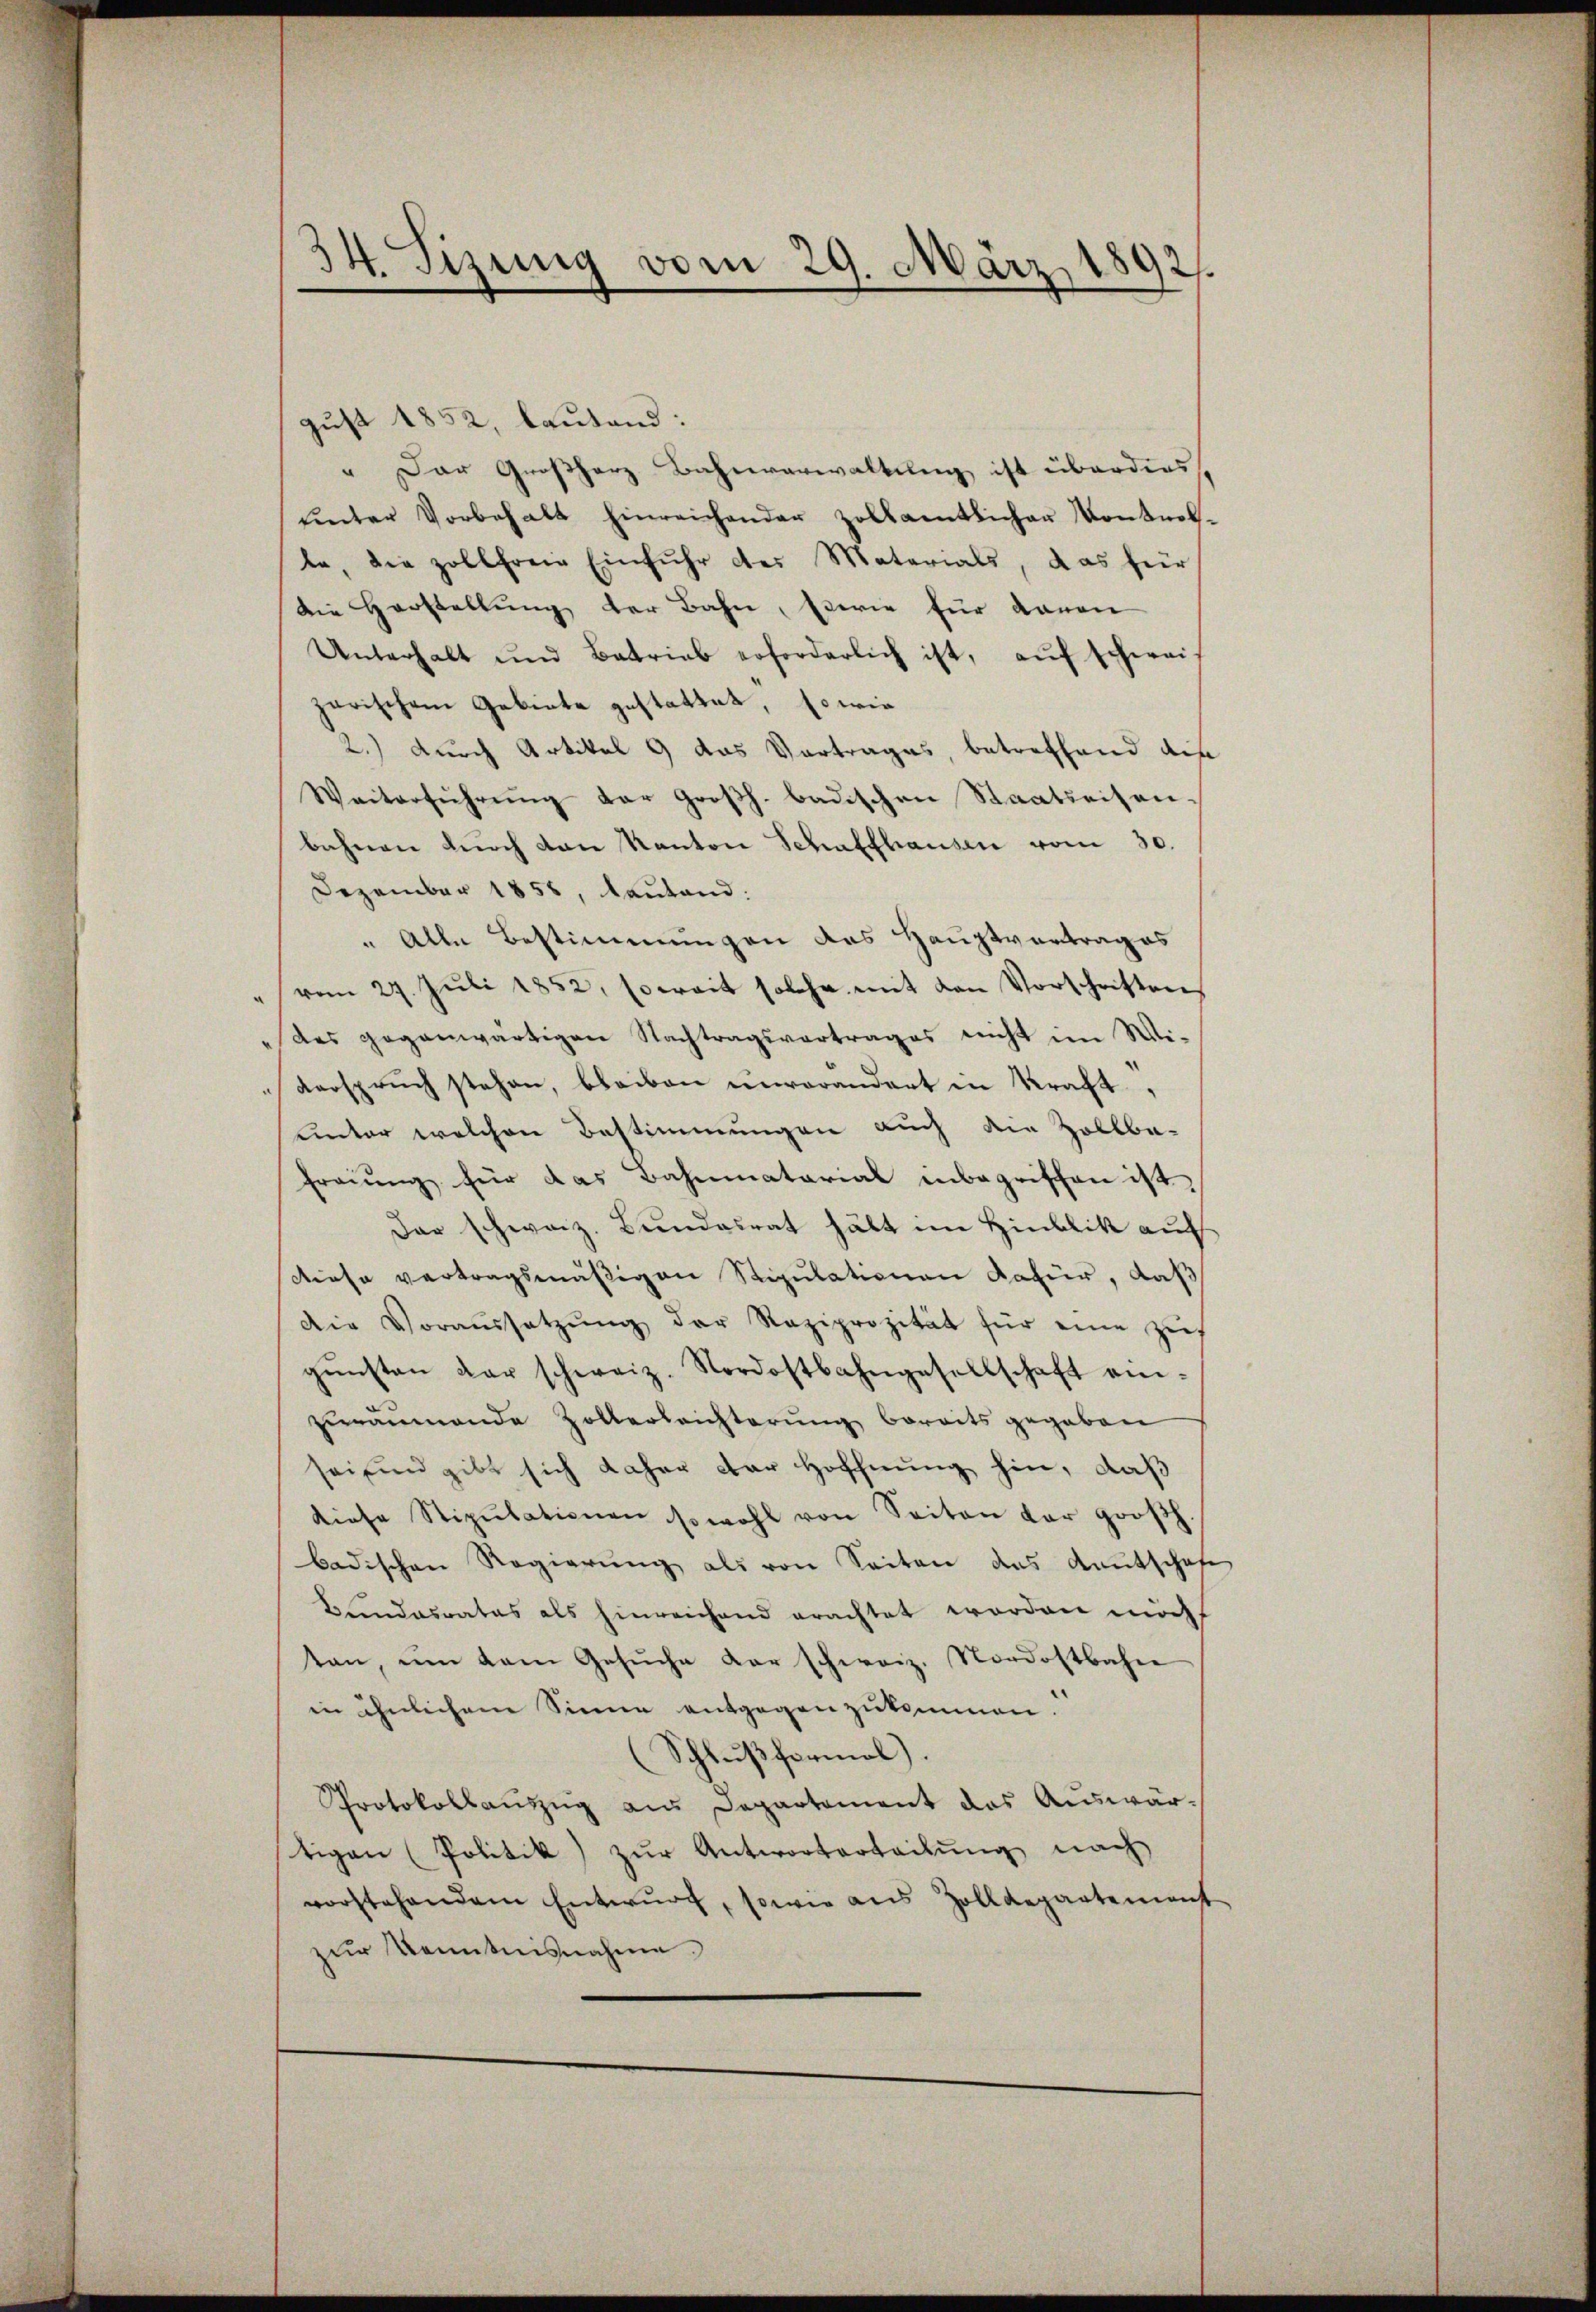
34 Tizung vom 29. März 1892.

gust 1852, lautend:
" Der Großherz Bahnverwaltung ist überdies
ŭnter Vorbehalt hinreichender zollamtlicher Kontrol.
be, die zollfreie Einfuhr des Materials, das für
die Herstellung der Bahn, sowie für davon
Unterhalt und Betrieb erforderlich ist, aŭf schwei
zarischem Gebiete gestattet, so wie
2.) durch Artikel 9 das Vortrages, betreffend des
Weiterführŭng der groβh. badischen Staatseiten.
bahnen dŭrch von Kanton Schaffhausen vom 30.
Dezember 1855, lautend:
" Alle Bestimmungen das Hauptvortrages
vom 29. Juli 1852, soweit solche mit den Vorschriften
des gegenwärtigen Nachtragsvertrages nicht im Wi-
verspruch stehen, bleiben unvorandert in Kraft,
unter welchen Bestimmungen auch die Zollbe-
freiung für das Bahnmatarial inbegriffen ist.
Dar schweiz. Bŭndesrat hätt im Hinblik auf
diese vertragsmäβigen Stipulationen dafür, daß
Die Voraŭssetzŭng der Raziprozität für eine zieh
gŭnsten der schweiz. Nordostbahngesellschaft ein-
zuräumende Zollerleichterung bereits gegeben
sei sind gibt sich daher der Hoffnung hin, daß
diese Stipulationen sowohl von Seiten der groβh.
badischen Regierŭng als von Seiten das Kautschaft
Blindesrates als hinreichend erachtet worden möcht
tan, ŭm dem Gesŭche der schweiz. Nordostbahn
in ähnlichem Sinne entgegen zukommen.
Schlußformel.
Protokollaŭszŭg an Departement das Auswär-
tigen (Politik zŭr Antworterteilŭng nach
vorstehendem Entwŭrf, sowie aus Zolldepartemah
zur Kenntnisnahme.

2
e